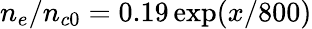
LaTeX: n_{e}/n_{c0}=0.19\exp(x/800)